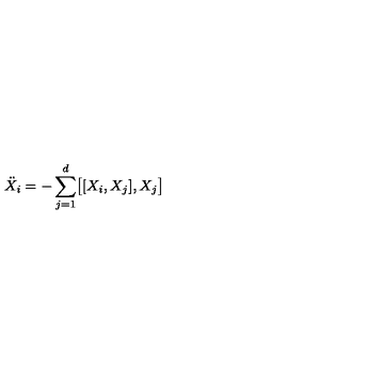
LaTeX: { \ddot { X } _ { i } } = - \sum _ { j = 1 } ^ { d } \bigl [ [ X _ { i } , X _ { j } ] , X _ { j } \bigr ]